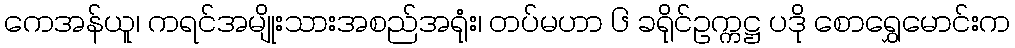
ကေအန်ယူ၊ ကရင်အမျိုးသားအစည်အရုံး၊ တပ်မဟာ ၆ ခရိုင်ဥက္ကဋ္ဌ ပဒို စောရွှေမောင်းက